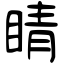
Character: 睛